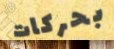
بحركات